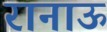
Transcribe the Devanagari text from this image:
रानाऊ